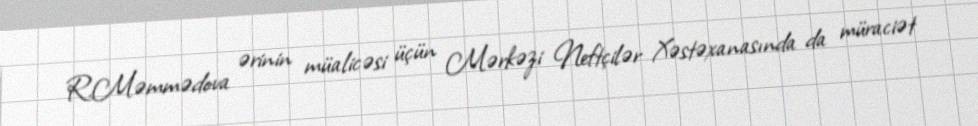
R.Məmmədova ərinin müalicəsi üçün Mərkəzi Neftçilər Xəstəxanasında da müraciət